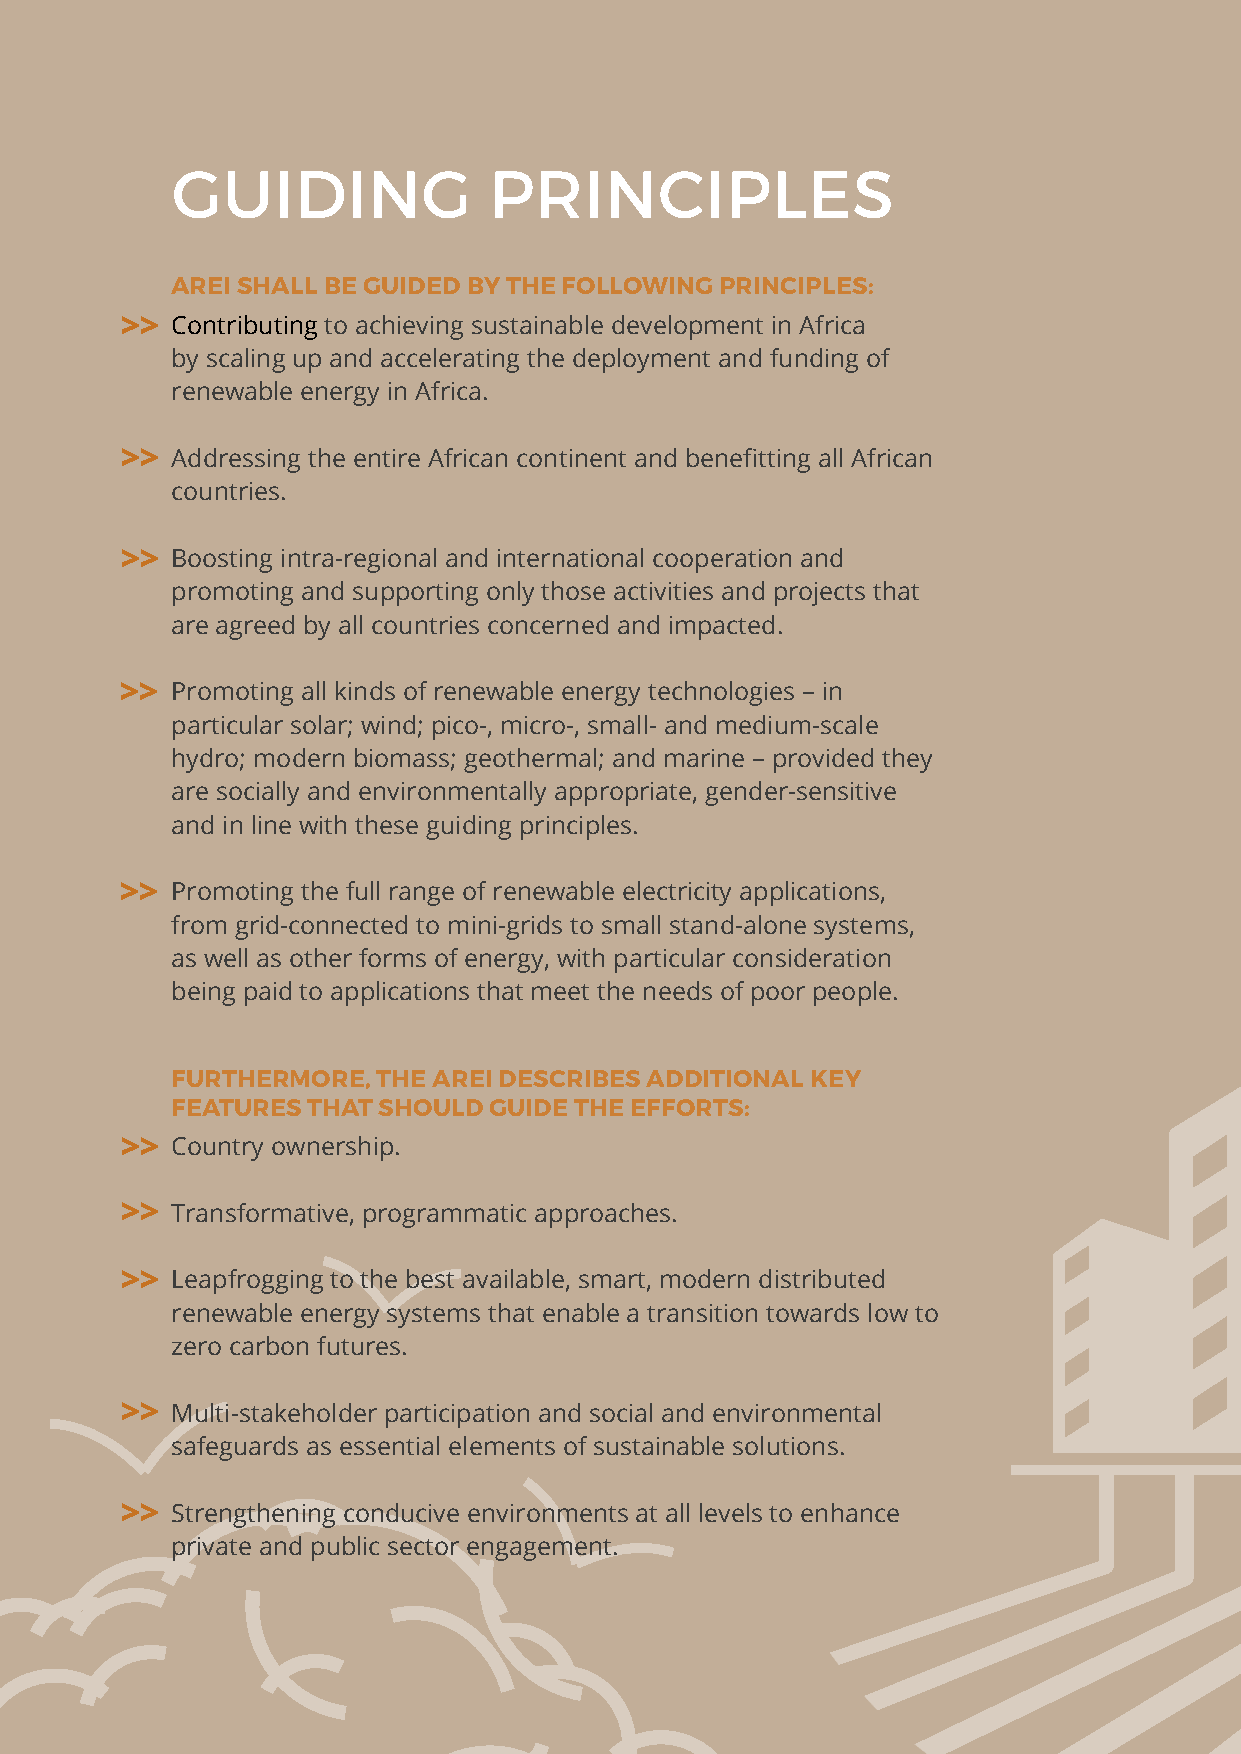
GUIDING              PRINCIPLES
 AREI SHALL BE GUIDED BY THE FOLLOWING PRINCIPLES:
 >> Contributing to achieving sustainable development in Africa
 by scaling up and accelerating the deployment and funding of
 renewable energy in Africa.
 >> Addressing the entire African continent and benefitting all African
 countries.
 >> Boosting intra-regional and international cooperation and
 promoting and supporting only those activities and projects that
 are agreed by all countries concerned and impacted.
 >> Promoting all kinds of renewable energy technologies – in
 particular solar; wind; pico-, micro-, small- and medium-scale
 hydro; modern biomass; geothermal; and marine – provided they
 are socially and environmentally appropriate, gender-sensitive
 and in line with these guiding principles.
 >> Promoting the full range of renewable electricity applications,
 from grid-connected to mini-grids to small stand-alone systems,
 as well as other forms of energy, with particular consideration
 being paid to applications that meet the needs of poor people.
 FURTHERMORE,  THE AREI DESCRIBES ADDITIONAL KEY
 FEATURES THAT SHOULD GUIDE THE EFFORTS:
 >> Country ownership.
 >> Transformative, programmatic approaches.
 >> Leapfrogging to the best available, smart, modern distributed
 renewable energy systems that enable a transition towards low to
 zero carbon futures.
 >> Multi-stakeholder participation and social and environmental
 safeguards as essential elements of sustainable solutions.
 >> Strengthening conducive environments at all levels to enhance
 private and public sector engagement.
 6